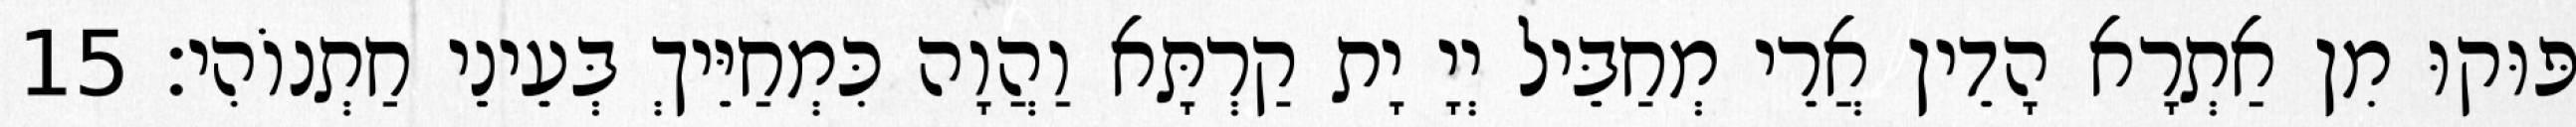
פּוּקוּ מִן אַתְרָא הָדֵין אֲרֵי מְחַבֵּיל יְיָ יָת קַרְתָּא וַהֲוָה כִּמְחַיֵּיךְ בְּעֵינֵי חַתְנוֹהִי׃ 15